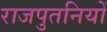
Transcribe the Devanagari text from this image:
राजपुतनियों